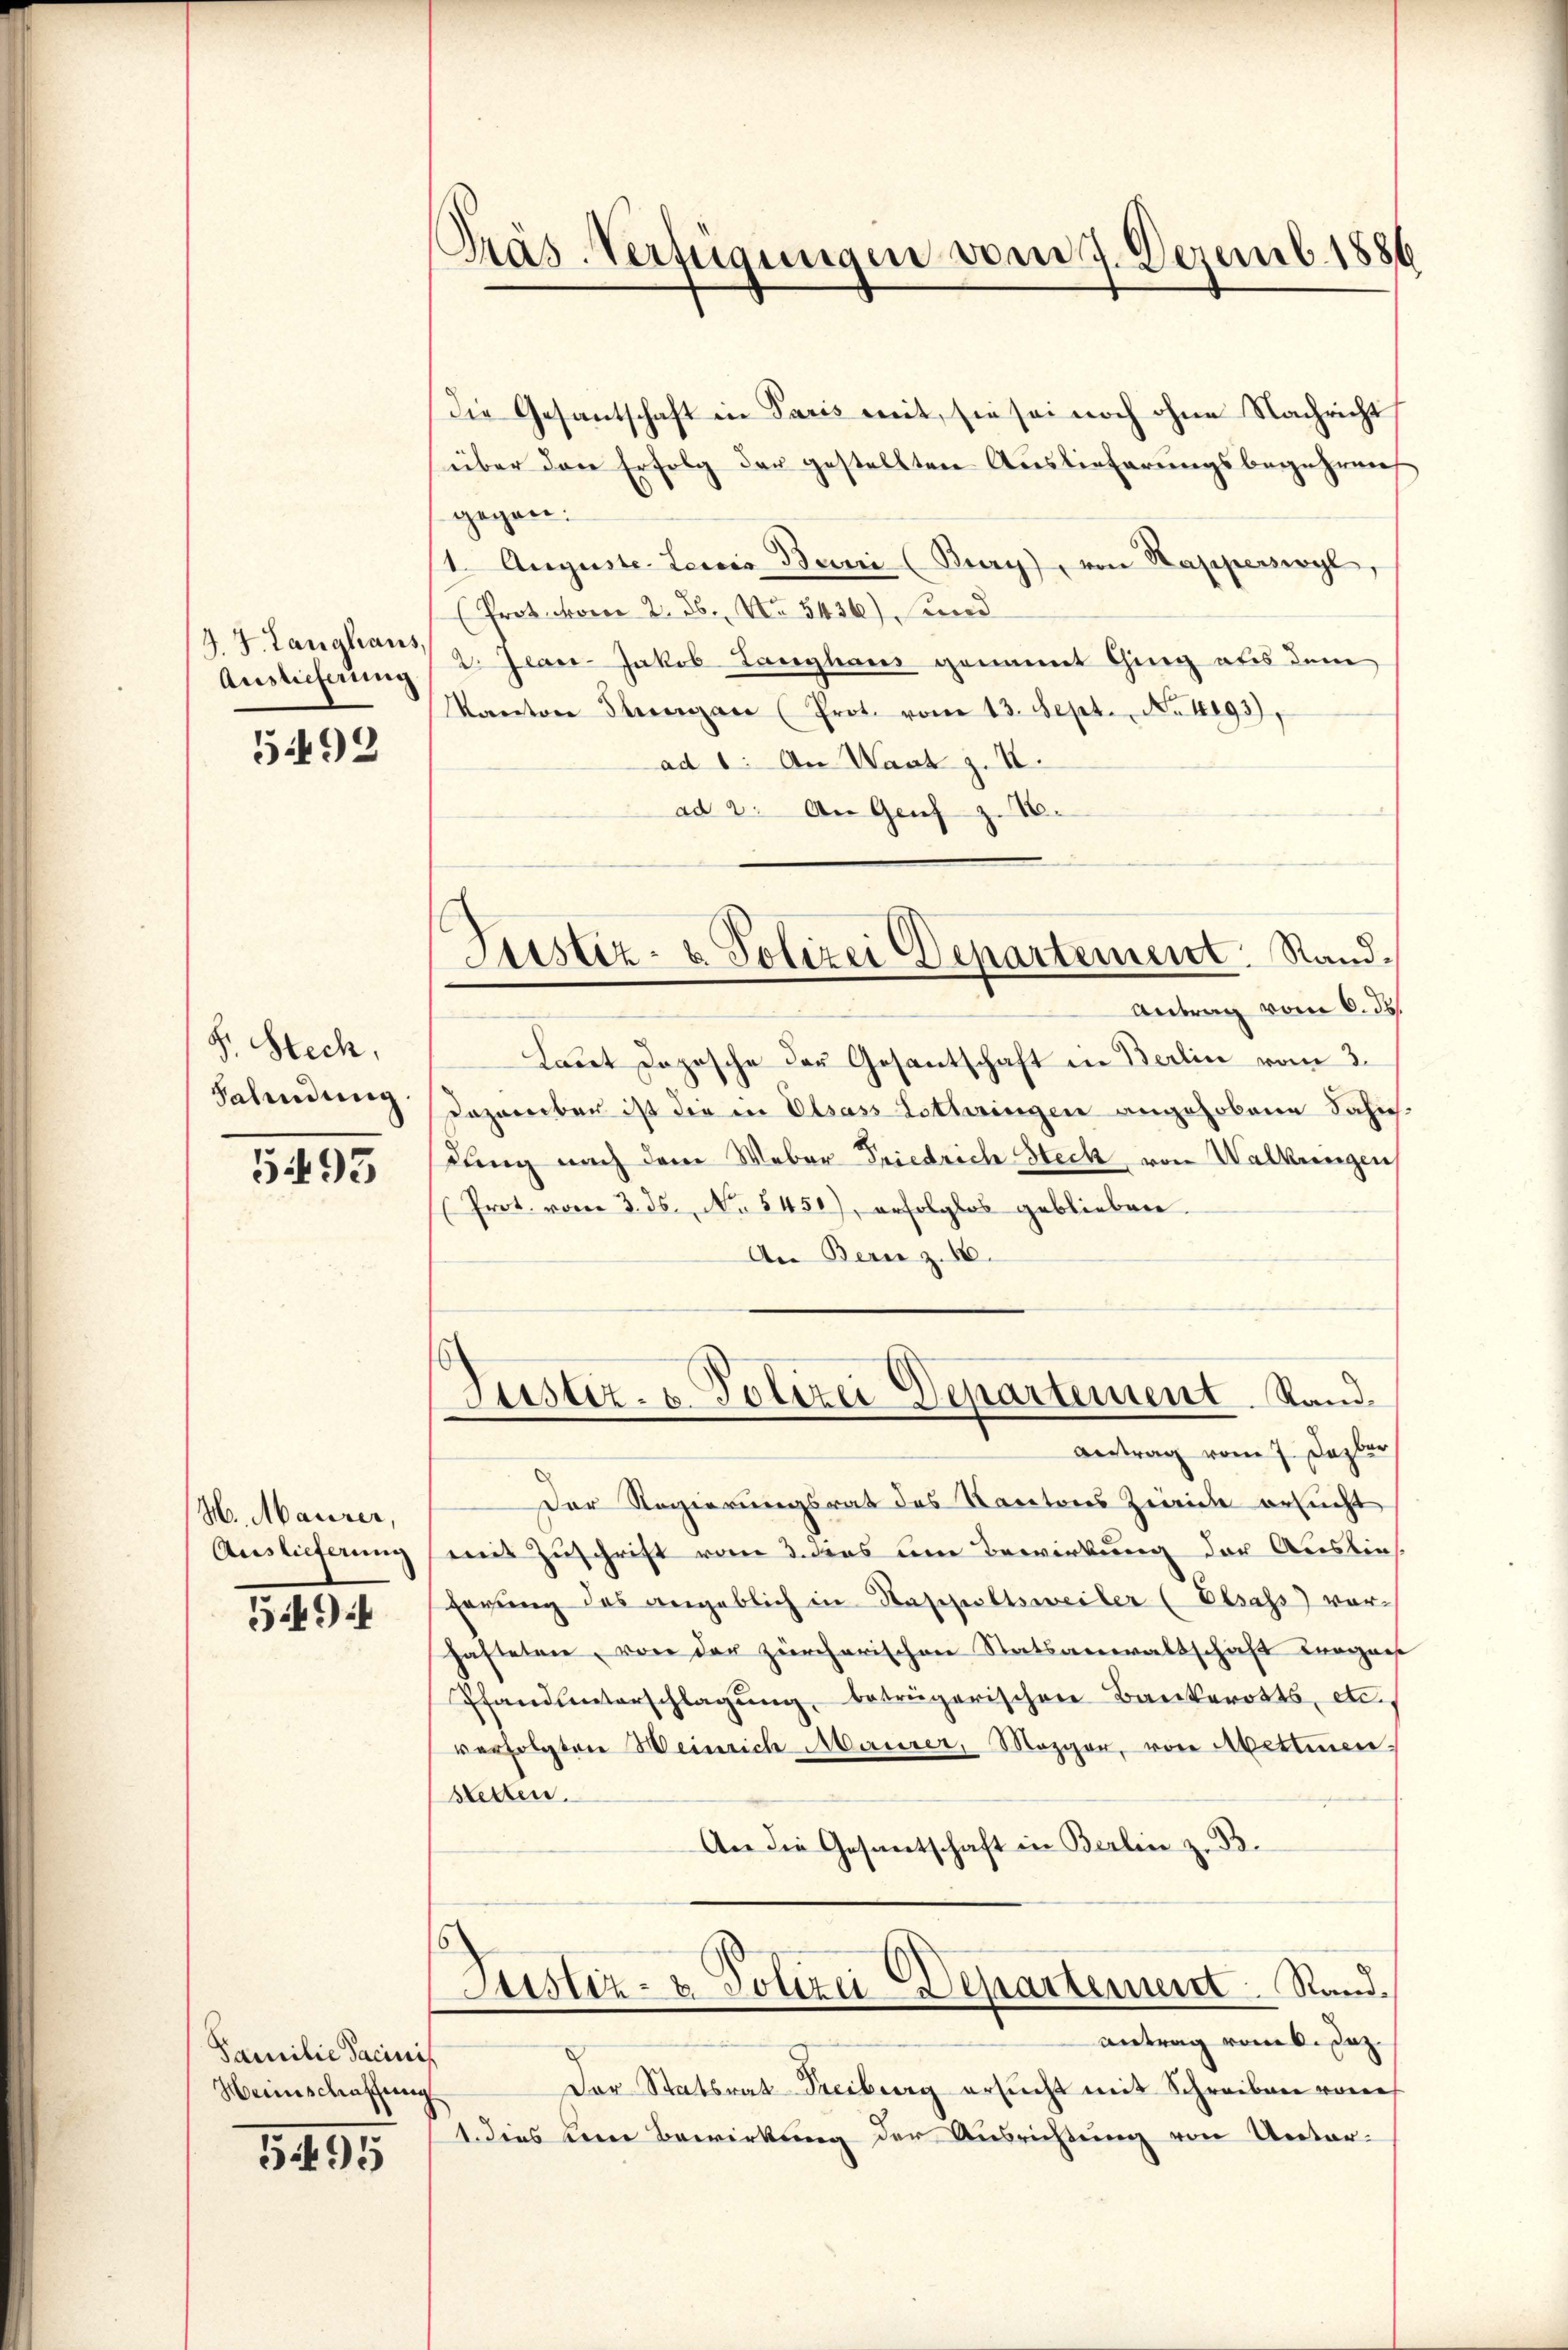
J. J. Langhaus,
Auslieferung

5492

F. Stech,
Salindung

5493

H. Maurer,
Auslieferung

549

Familie Tacinis
Heimschaffung

5495

Präs Verfügungen vom 17. Dezemb. 1886

Die Gesantschaft in Paris mit, sie sei noch ohne Nachricht
über den Erfolg der gestellten Auslieferungsbegehrens
gegen.
1. Auguste Leicis Buri (Bury), von Kapperswyl,
Protko 2. 26. No 5436) und
2. Jeace-Jakob Langhaus genannt Ging aus dem
Kanton Stenzan (Prot. vom 13. Sept. No 1293),
ad 1. An Want z. II.
ad 2. An Genf z. 16.

Justiz- & Polizei Departement. Sand¬

Justiz- u. Polizei Departement. Stand.

Antrag vom 6. ds.
Laut Dopische der Gesantschaft in Berlin vom 3.
dazarbar ist die in Elsass Lothringen angehobene Sahi.
dung nach dem Weber Friedrich Heck von Walkungen
Prot. vom 3. ds. No. 5450), erfolglos geblieben.
An Bern z. 16.
Antrag vom 7. Dazber
Der Regierungsrat des Kantons Zweide ersucht
mit Zuschrift vom 3. dies um Bewirkung der Auslief
ferung des angeblich in Stappeltsweiler (Elsass) vorhafteten, von der zürcherischen Statsanwaltschaft erogaes
Pfandunterschlagung, beträgerischen Bankerotts, etc.
verfolgten Weinsich Maurer, Mezger, von Abettinen.
stetten.
An die Gesantschaft in Berlin z. B.
Justiz- & Polizei Departement. Sandantrag vom 6. Jaz.
Der Statsrat Freiburg ersucht mit Schreiben von
1. dies keine Bewirkung der Ausrichtung von Unter-